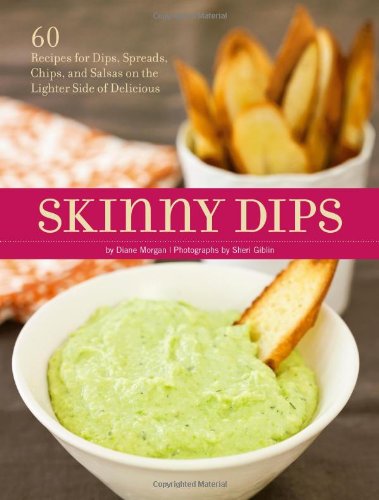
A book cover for Skinny Dips; Diane Morgan; Cookbooks, Food & Wine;